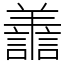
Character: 譱